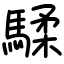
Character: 騥